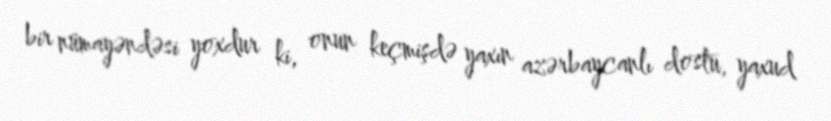
bir nümayəndəsi yoxdur ki, onun keçmişdə yaxın azərbaycanlı dostu, yaxud